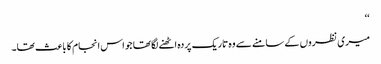
‘‘
میری نظروں کے سامنے سے وہ تاریک پردہ اٹھنے لگا تھا جو اس انجام کا باعث تھا۔